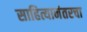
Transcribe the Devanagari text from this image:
साहित्यानंतरचा